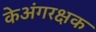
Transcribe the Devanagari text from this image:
केअंगरक्षक